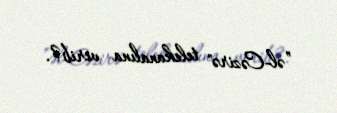
”əl-Cəzirə" telekanalına verib?.